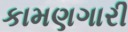
કામણગારી